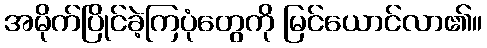
အမိုက်ပြိုင်ခဲ့ကြပုံတွေကို မြင်ယောင်လာ၏။